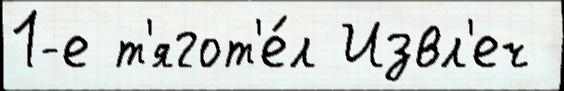
1-е т'ягот'е́л Извл'еч